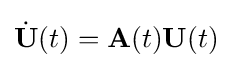
{\dot {\mathbf {U} }}(t)=\mathbf {A} (t)\mathbf {U} (t)